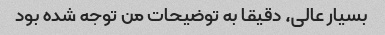
بسیار عالی، دقیقا به توضیحات من توجه شده بود